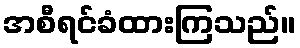
အစီရင်ခံထားကြသည်။